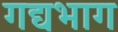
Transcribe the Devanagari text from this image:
गद्यभाग